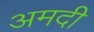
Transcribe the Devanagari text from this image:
अमदी